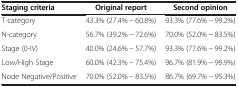
<table><thead><tr><td><b>Staging criteria</b></td><td><b>Original report</b></td><td><b>Second opinion</b></td></tr></thead><tbody><tr><td>T-category</td><td>43.3% (27.4% − 60.8%)</td><td>93.3% (77.6% − 99.2%)</td></tr><tr><td>N-category</td><td>56.7% (39.2% − 72.6%)</td><td>70.0% (52.0% − 83.5%)</td></tr><tr><td>Stage (0-IV)</td><td>40.0% (24.6% − 57.7%)</td><td>93.3% (77.6% − 99.2%)</td></tr><tr><td>Low/High Stage</td><td>60.0% (42.3% − 75.4%)</td><td>96.7% (81.9% − 99.9%)</td></tr><tr><td>Node Negative/Positive</td><td>70.0% (52.0% − 83.5%)</td><td>86.7% (69.7% − 95.3%)</td></tr></tbody></table>